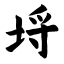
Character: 埒